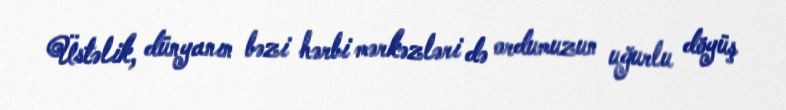
Üstəlik, dünyanın bəzi hərbi mərkəzləri də ordumuzun uğurlu döyüş